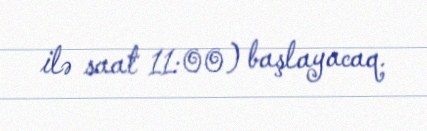
ilə saat 11:00) başlayacaq.